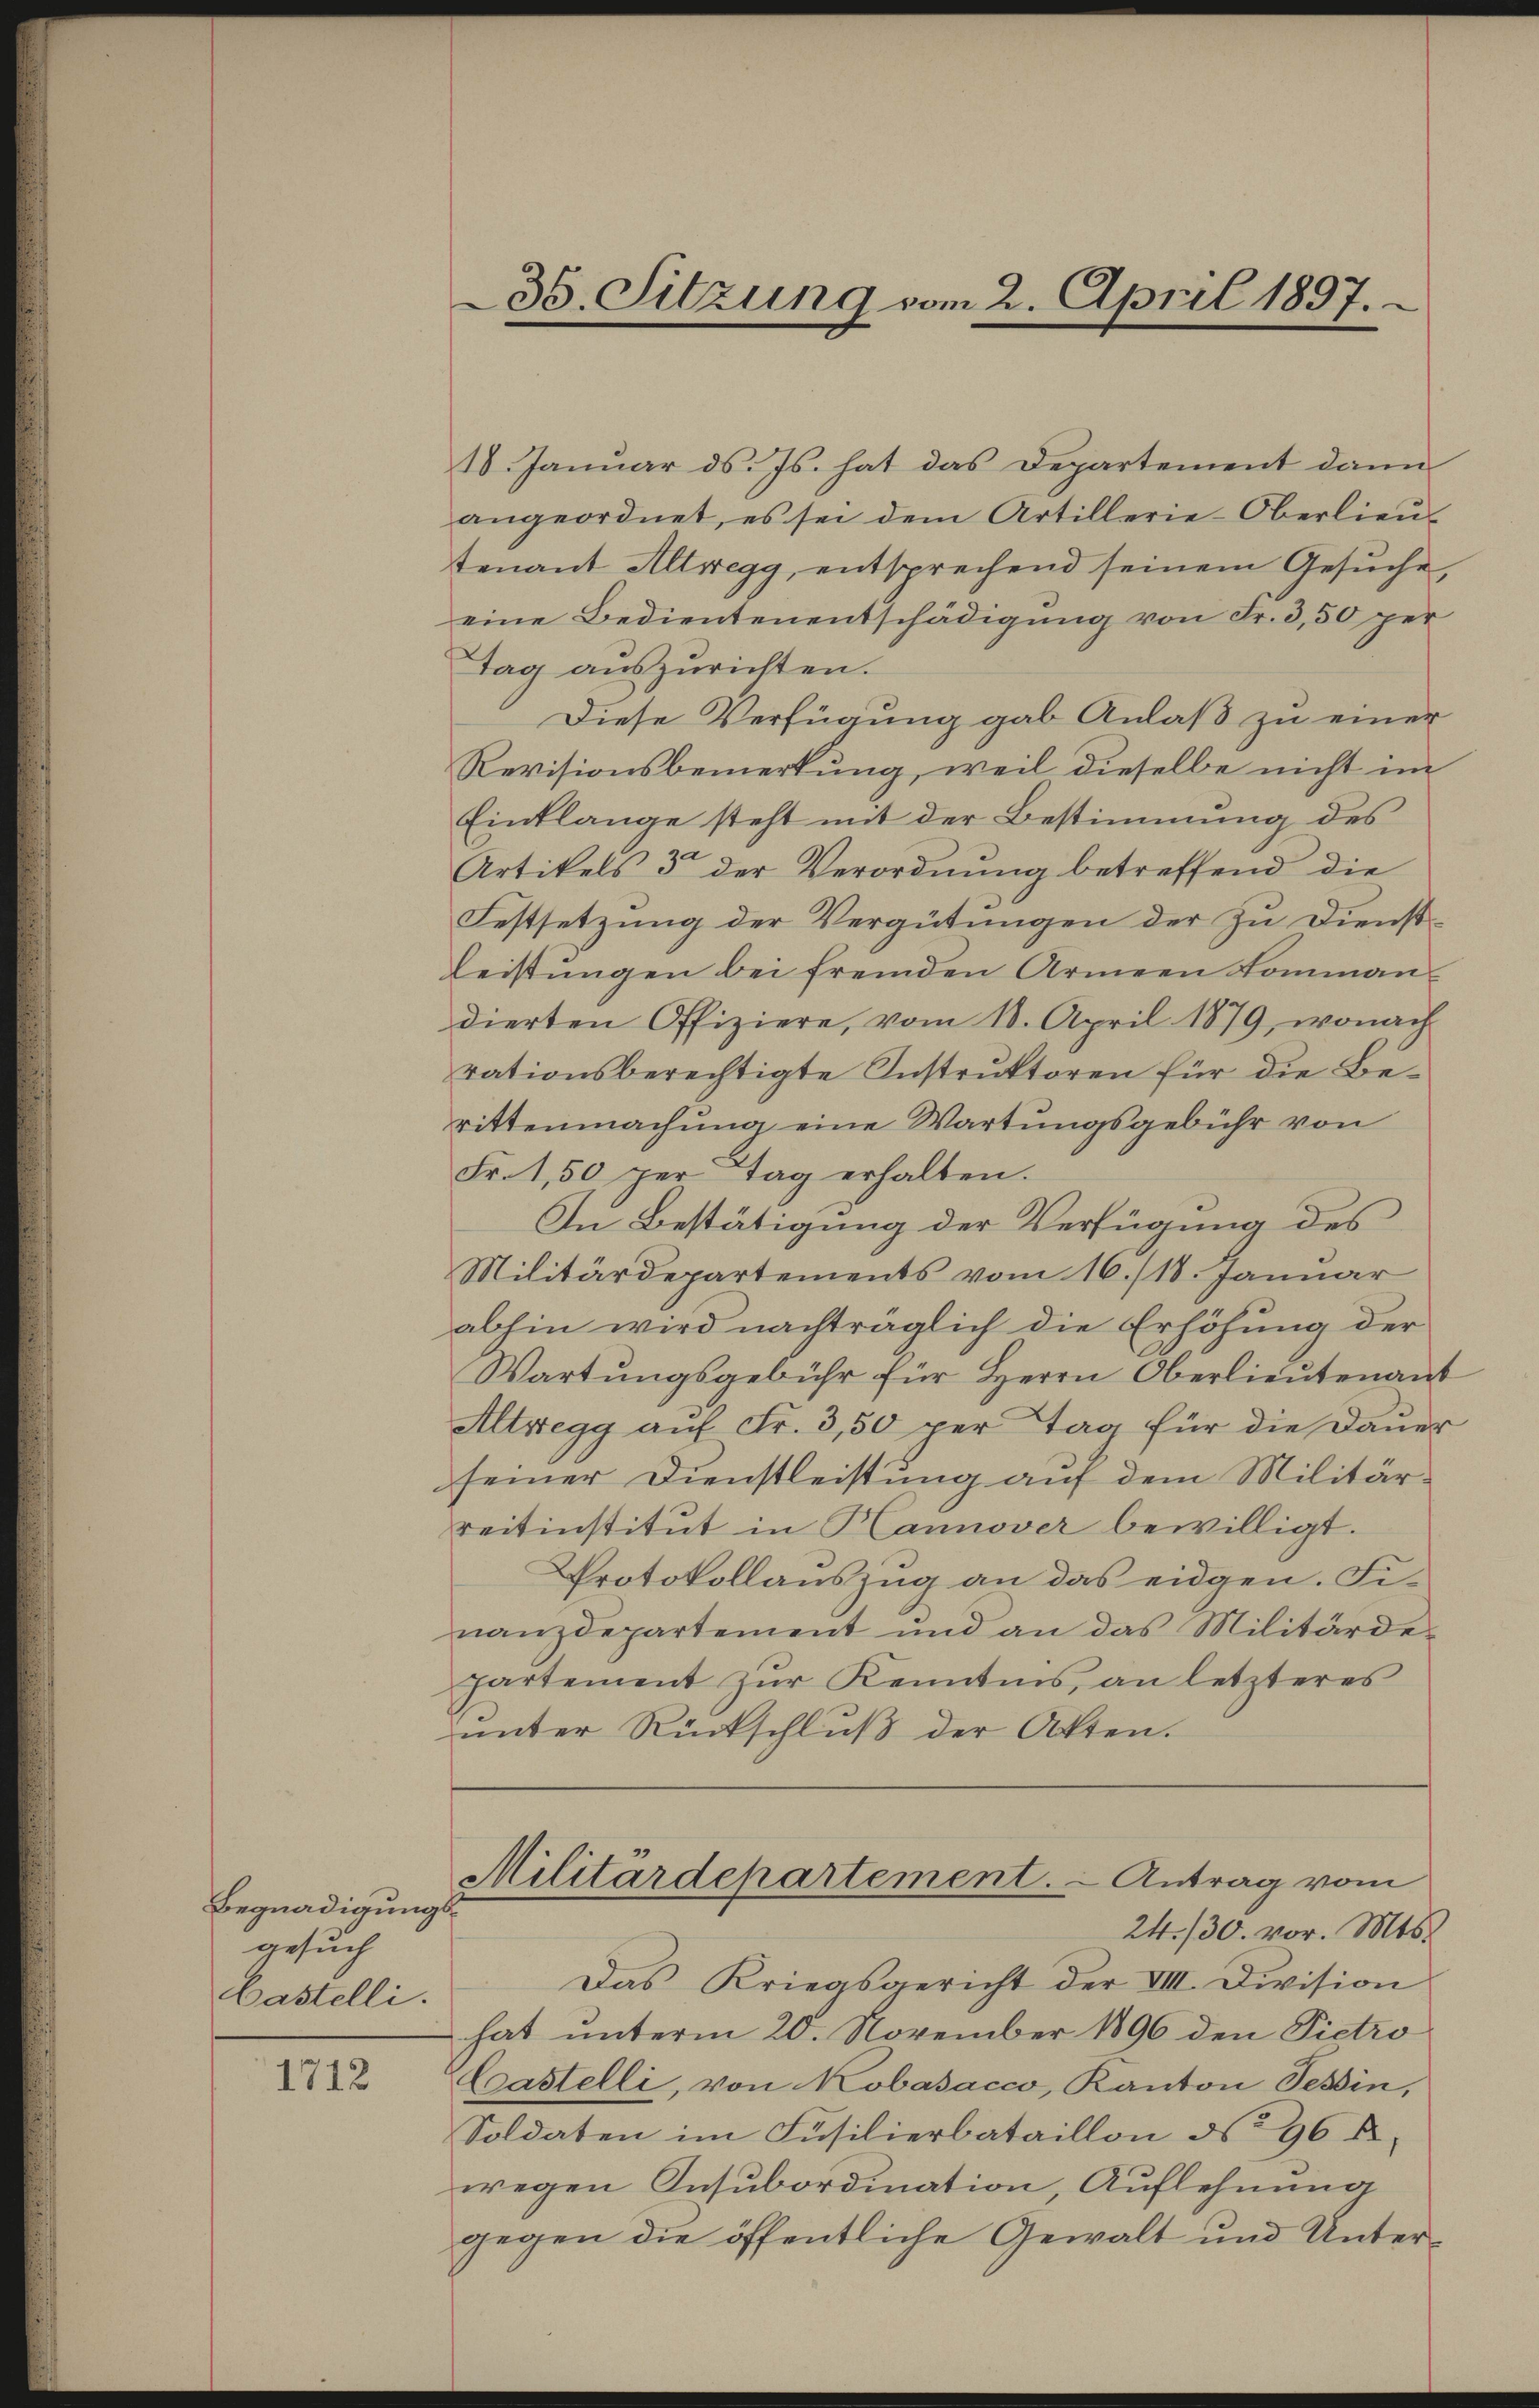
Begnadigungsgesuch
Castelli.

1712

35. Sitzung vom 2. April 1897.

18. Januar ds. Js. hat das Departement dann
angeordnet, es sei dem Artillerie-Oberlieŭ-
tenant Altregg, entsprechend seinem Gesŭche,
eine Bedientenentschädigung von Fr. 3,50 per
Tag auszurichten.
Diese Verfügung gab Anlaß zu einer
Revisionsbemerkung, weil dieselbe nicht im
Einklange steht mit der Bestimmung des
Artikels 3 der Verordnung betreffend die
Festsetzung der Vergütungen der zu Dienst¬
Leistungen bei fremden Armeen Kommandierten Offiziere, vom 18. April 1879, wonach
rationsberechtigte Instruktoren für die Berittenmachung eine Wartungsgebühr von
Fr. 1,50 per Tag erhalten.
In Bestätigung der Verfügung des
Militärdepartements vom 16./18. Januar
abhin wird nachträglich die Erhöhung der
Wartungsgebühr für Herrn Oberlieutenant
Altregg auf Fr. 3,50 per Tag für die Dauer
seiner Dienstleistung auf dem Militärreitinstitut in Hannover bewilligt.
Protokollauszug an das eidgen. Finanzdepartement und an das Militärde-
partement zŭr Kenntnis an letzteres
unter Rückschluß der Akten.
Militärdepartement.   Antrag vom
24./30. vor. Mts.
Das Kriegsgericht der VIII. Division
hat unterm 20. November 1896 den Pietro
Castelli, von Kobasacco, Kanton Tessin,
Soldaten im Füsilierbataillon No 96 A
wegen Insubordination Auflehnung
gegen die öffentliche Gewalt und Unter¬